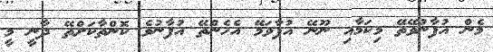
މެން އުފާނުވޭތޭ މިކަމާއި ނޫނޭ އުފާވަމޭ އެހެންތޭ އުފާނުވެ ކޮންތާކަށްތޭ ދާނީ މީ